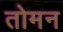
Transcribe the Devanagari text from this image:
तोमन